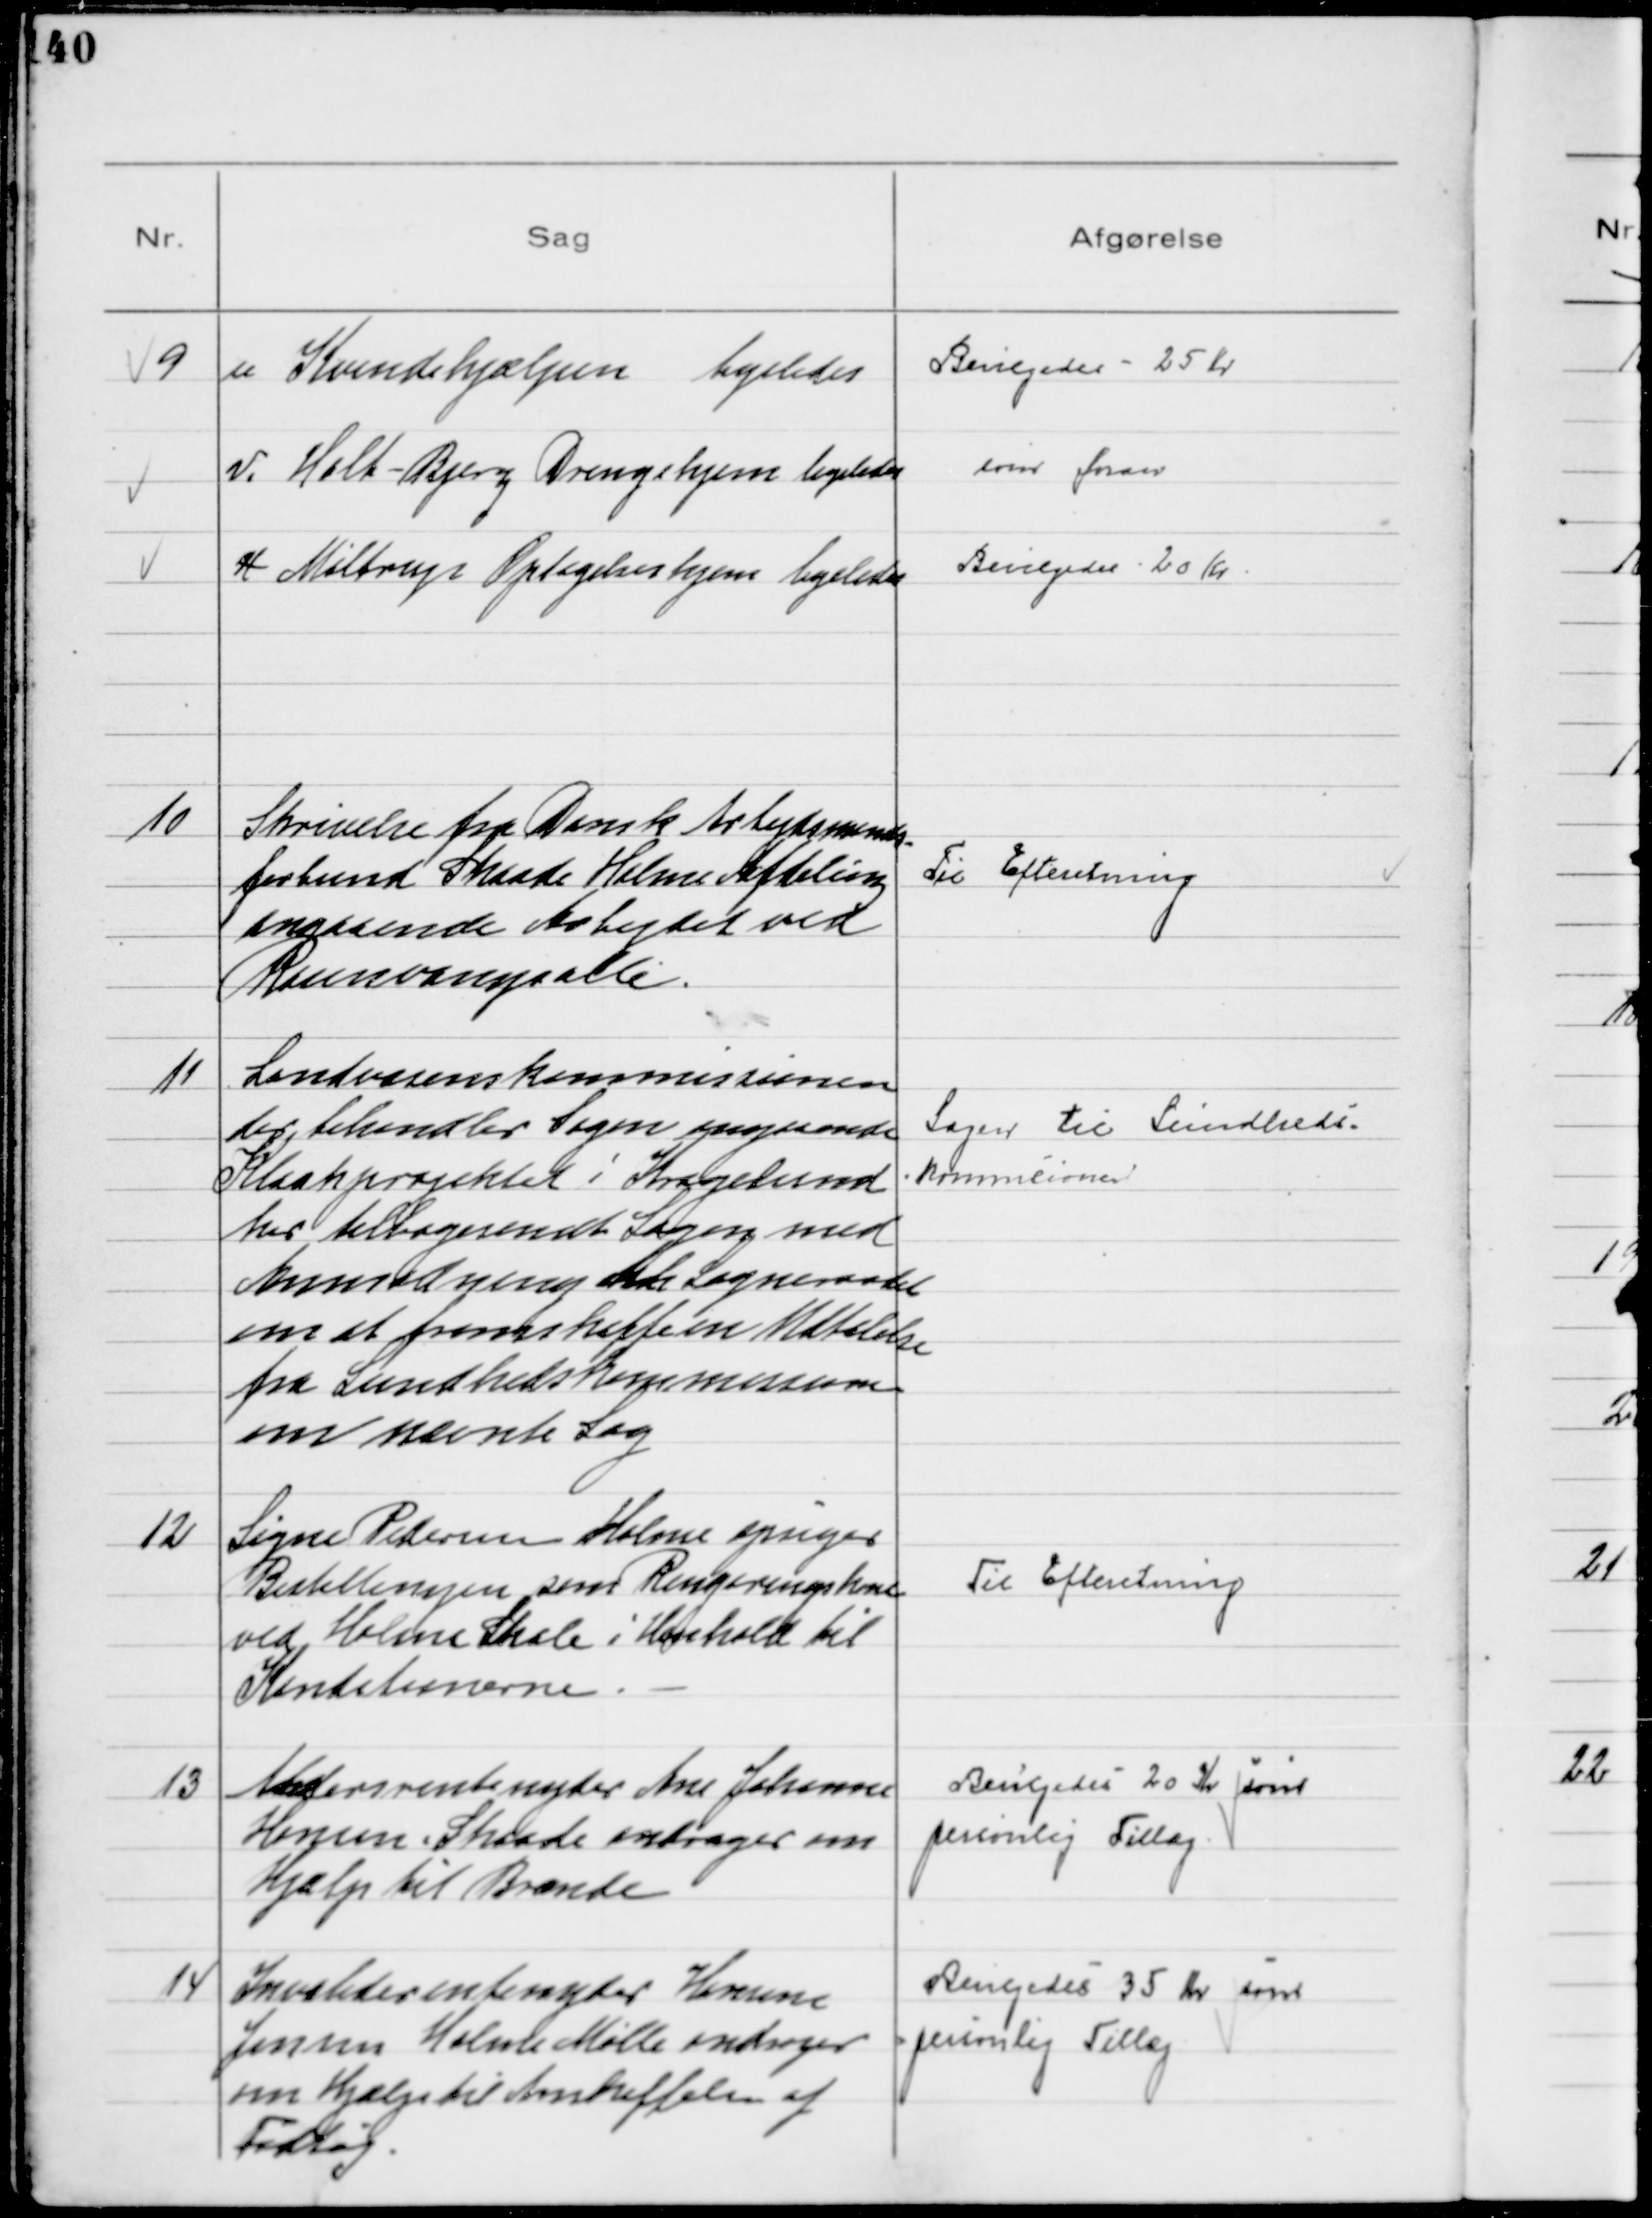
Transskription:
9
u Kvindehjælpen 
ligeledes

Bevilgedes - 25 Kr

v. Holt - Bjerg Drengehjem ligeledes

som foran

x Møltrup Optagelseshjem ligeledes

Bevilgedes 20 Kr

10
Skrivelse fra Dansk Arbejdsmands-
forbund Skaade Holme Afdeling
angaaende Arbejdet ved
Rosenvangsalle.

Til Efteretning

11
Landvæsenskommissionen
der behandler Sagen angaaende
Kloakprojektet i Kragelund
har tilbagesendt Sagen med
Anmodning til Sogneraadet
om at fremskaffe en Udtalelse
fra Sundhedskommissionen
om nævnte Sag

Sagen til Sundheds-
kommissionen

12
Signe Pedersen Holme opsiger
Bestillingen som Rengøringskone
ved Holme Skole i Henhold til
Konditionerne.

Til Efteretning

13
Aldersrentenyder Ane Johanne
Henum Skaade andrager om
Hjælp til Brænde

Bevilgedes 20 Kr som
personlig Tillæg.

14
Invaliderentenyder Hemine
Jensen Holme Mølle andrager
om Hjælp til Anskaffelse af
Fodtøj

Bevilgedes 35 Kr som
personlig Tillæg